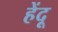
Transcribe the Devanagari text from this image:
हेंदू